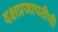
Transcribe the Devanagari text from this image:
दक्षप्रजापतीची